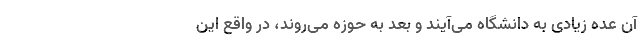
آن عده زیادی به دانشگاه می‌آیند و بعد به حوزه می‌روند، در واقع این